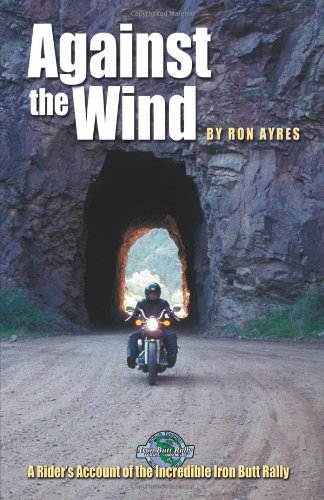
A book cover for Against the Wind: A Rider's Account of the Incredible Iron Butt Rally ("Incredible journeys" books); Ron Ayres; Sports & Outdoors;